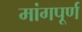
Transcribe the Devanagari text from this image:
मांगपूर्ण